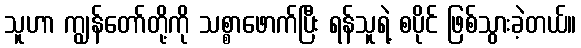
သူဟာ ကျွန်တော်တို့ကို သစ္စာဖောက်ပြီး ရန်သူရဲ့ စပိုင် ဖြစ်သွားခဲ့တယ်။